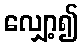
လျှော့၍